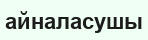
айналасушы